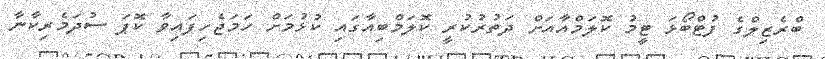
ބްރެޒިލްގެ ފުޓްބޯޅަ ޓީމު ކޮލަމްއާއަށް ދަތުރުކުރީ ކޮލަމްބިއާގައި ކުޅުމަށް ހަމަޖެހިފައިވާ ކޮޕަ ސުދަމެރިކާނާ